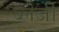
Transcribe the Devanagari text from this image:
ब्लेजी